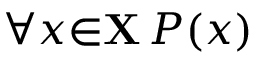
\forall { x } { \in } \mathbf { X } \, P ( x )